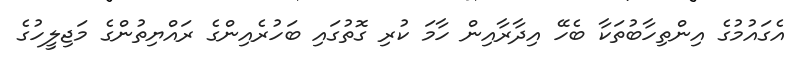
އެގައުމުގެ އިންތިހާބުތަކާ ބެހޭ އިދާރާއިން ހާމަ ކުރި ގޮތުގައި ބަހުރެއިންގެ ރައްޔިތުންގެ މަޖިލީހުގެ